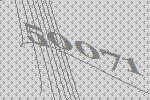
50071